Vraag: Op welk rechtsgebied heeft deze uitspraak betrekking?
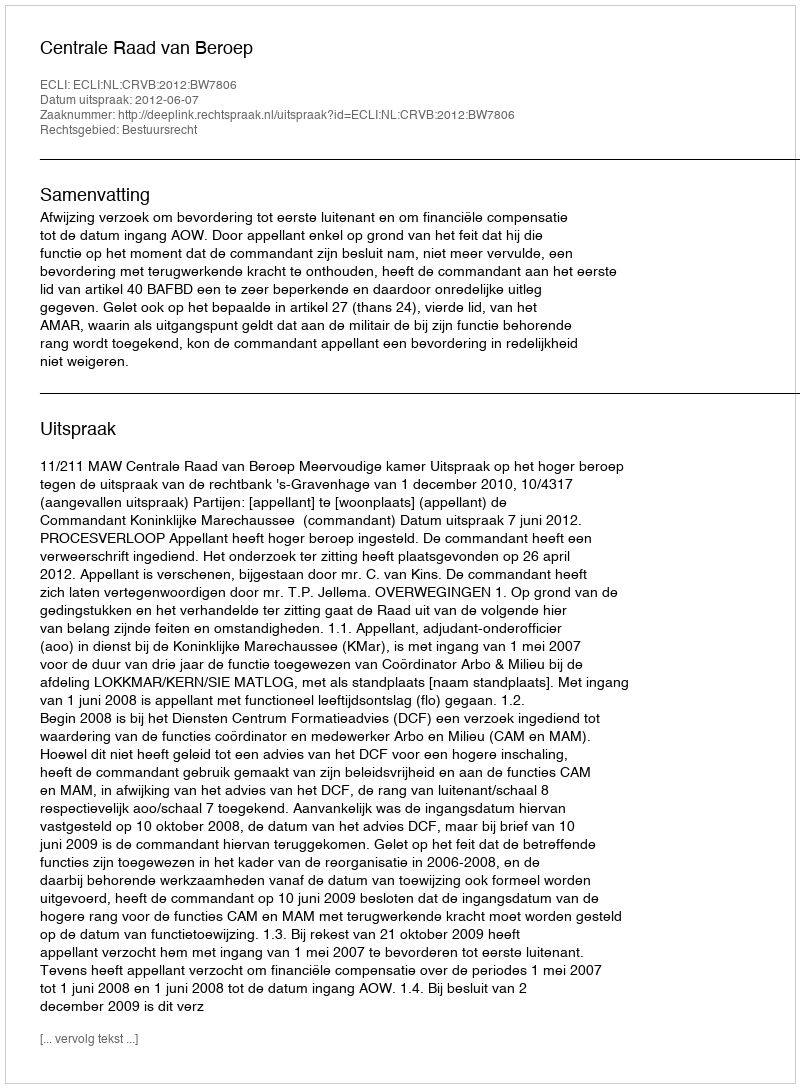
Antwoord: Bestuursrecht